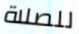
للصلاة